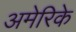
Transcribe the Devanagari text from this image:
अमेरिके